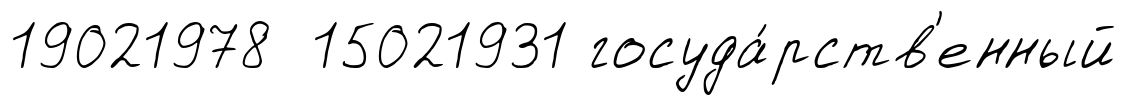
19021978 15021931 госуда́рств'енный